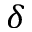
\delta